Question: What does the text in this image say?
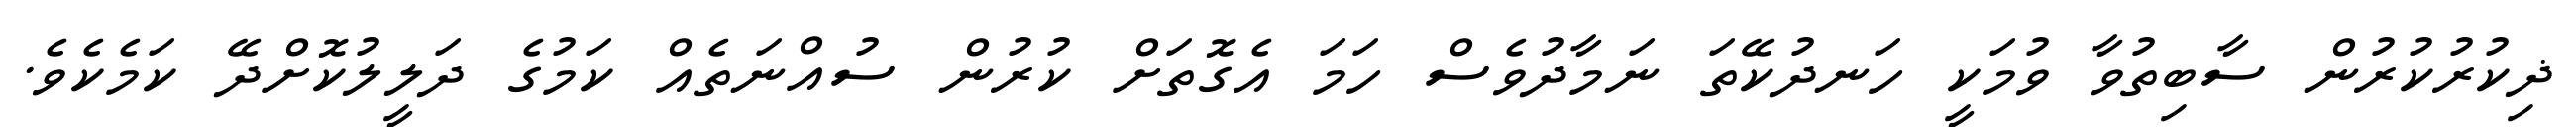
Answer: ޛިކުރުކުރުން ސާބިތުވާ ވުމަކީ ހަނދުކޭތަ ނަމާދުވެސް ހަމަ އެގޮތަށް ކުރުން ސުއްނަތެއް ކަމުގެ ދަލީލުކޮށްދޭ ކަމެކެވެ.